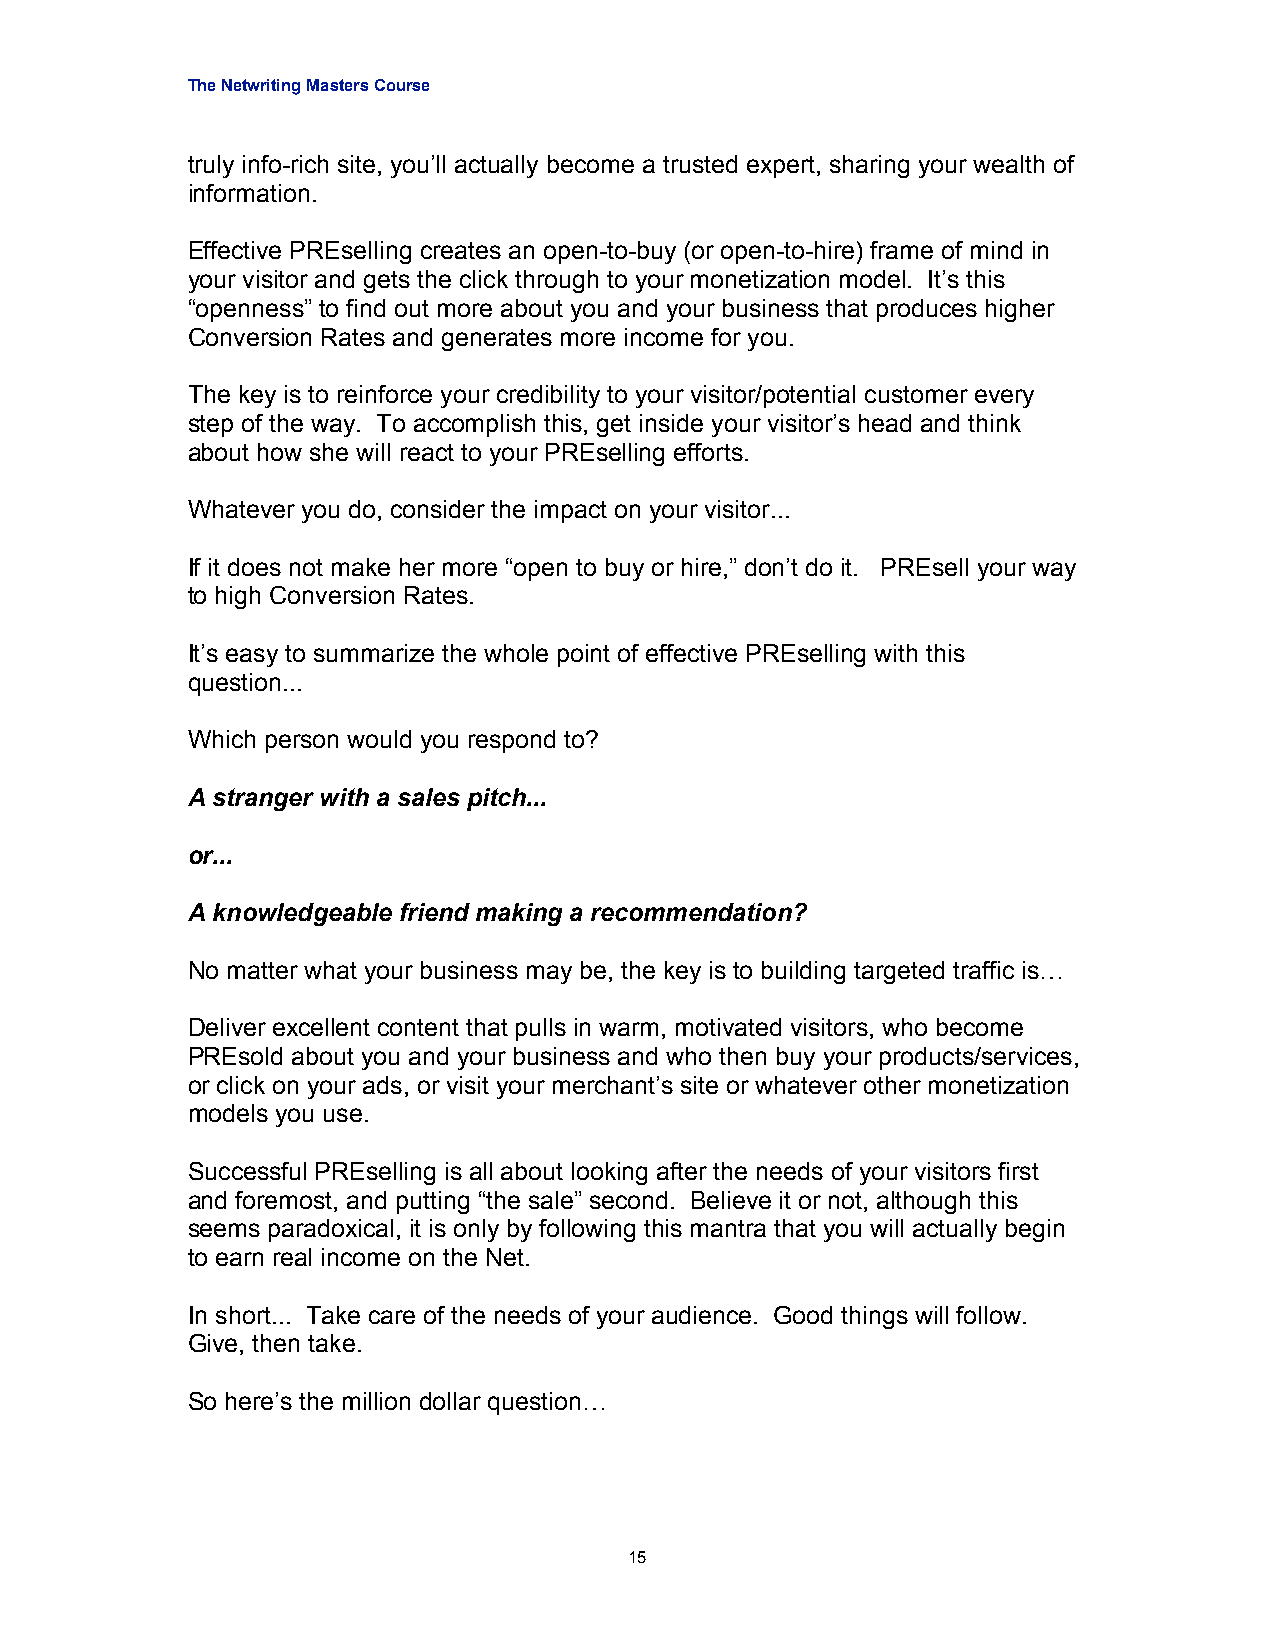
The Netwriting Masters Course
 truly info-rich site, you’ll actually become a trusted expert, sharing your wealth of
 information.
 Effective PREselling creates an open-to-buy (or open-to-hire) frame of mind in
 your visitor and gets the click through to your monetization model. It’s this
 “openness” to find out more about you and your business that produces higher
 Conversion Rates and generates more income for you.
 The key is to reinforce your credibility to your visitor/potential customer every
 step of the way. To accomplish this, get inside your visitor’s head and think
 about how she will react to your PREselling efforts.
 Whatever you do, consider the impact on your visitor...
 If it does not make her more “open to buy or hire,” don’t do it. PREsell your way
 to high Conversion Rates.
 It’s easy to summarize the whole point of effective PREselling with this
 question...
 Which person would you respond to?
 A stranger with a sales pitch...
 or...
 A knowledgeable friend making a recommendation?
 No matter what your business may be, the key is to building targeted traffic is…
 Deliver excellent content that pulls in warm, motivated visitors, who become
 PREsold about you and your business and who then buy your products/services,
 or click on your ads, or visit your merchant’s site or whatever other monetization
 models you use.
 Successful PREselling is all about looking after the needs of your visitors first
 and foremost, and putting “the sale” second. Believe it or not, although this
 seems paradoxical, it is only by following this mantra that you will actually begin
 to earn real income on the Net.
 In short... Take care of the needs of your audience. Good things will follow.
 Give, then take.
 So here’s the million dollar question…
 15